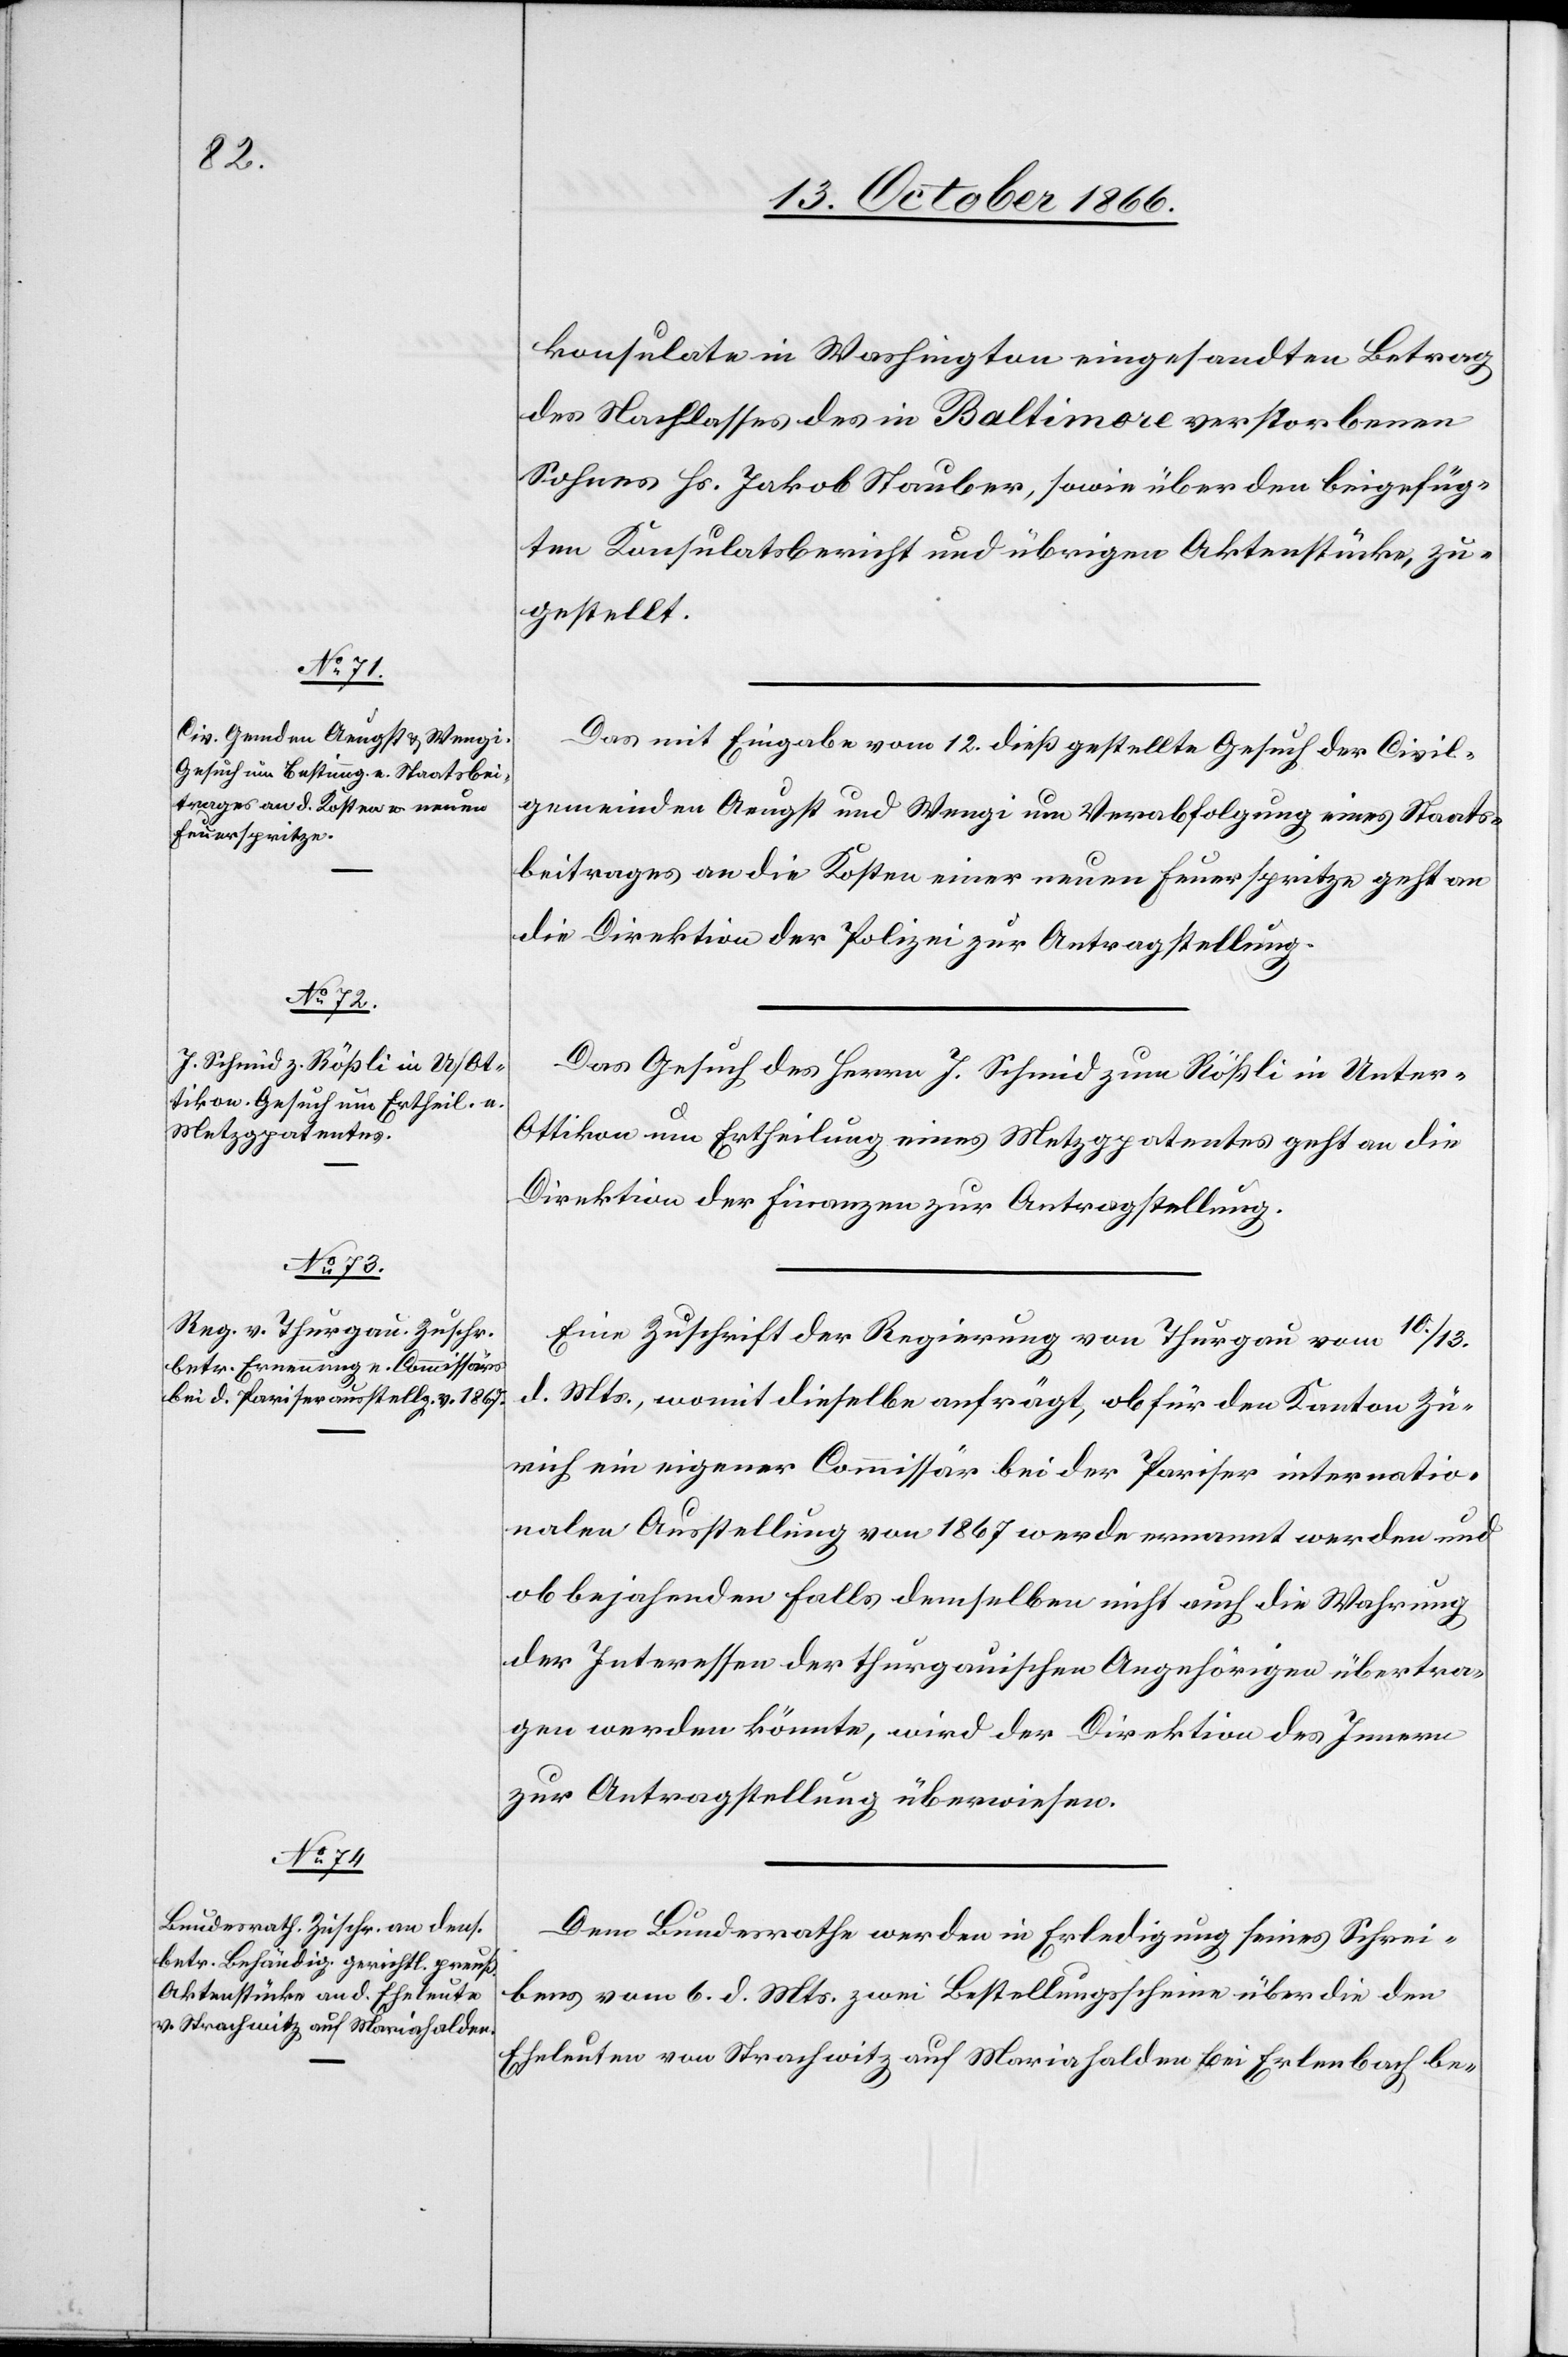
15. October 1866.]
konsulate in Washington eingesandten Betrag
des Nachlasses des in Baltimore verstorbenen
Sohnes Hs. Jakob Stauber, sowie über den beigefüg¬
ten Konsulatsbericht und übrigen Aktenstücke, zu¬
gestellt.
Das mit Eingabe vom 12. dieß gestellte Gesuch der Civil¬
gemeinden Aeugst und Wengi um Verabfolgung eines Staats¬
beitrages an die Kosten einer neuen Feuerspritze geht an
die Direktion der Polizei zur Antragstellung.
Das Gesuch des Herrn. J. Schmid zum Rößli in Unter-O¬
ttikon um Ertheilung eines Metzgpatentes geht an die
Direktion der Finanzen zur Antragstellung.
Eine Zuschrift der Regierung von Thurgau vom 10./13.
d. Mts., womit dieselbe anfrägt, ob für den Kanton Zü¬
rich ein eigener Commissär bei der Pariser internatio¬
nalen Ausstellung von 1867 werde ernannt werden und
ob bejahenden Falls demselben nicht auch die Wahrung
der Interessen der thurgauischen Angehörigen übertra¬
gen werden könnte, wird der Direktion des Innern
zur Antragstellung überwiesen.
Dem Bundesrathe werden in Erledigung seines Schrei¬
bens vom 6. d. Mts zwei Bestellungsscheine über die den
Eheleuten von Strachwitz auf Mariahalden bei Erlenbach be-